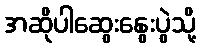
အဆိုပါဆွေးနွေးပွဲသို့